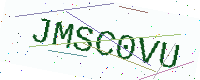
Text: JMSC0VU